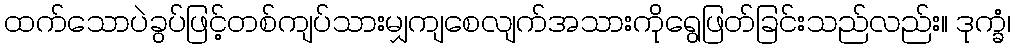
ထက်သောပဲခွပ်ဖြင့်တစ်ကျပ်သားမျှကျစေလျက်အသားကိုရွေဖြတ်ခြင်းသည်လည်း။ ဒုက္ခံ၊